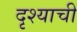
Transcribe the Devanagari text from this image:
दृश्याची